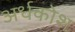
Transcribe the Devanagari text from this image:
अर्धकोश